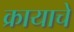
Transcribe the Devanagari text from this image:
क्रायाचे